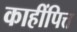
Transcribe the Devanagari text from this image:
काहींपित्त